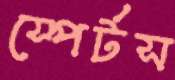
স্পের্টস